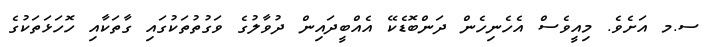
ސ.މ އަށެވެ. މިއީވެސް އެހެނިހެން ދަންބޮޑެކޭ އެއްބީދައިން ދުވާލުގެ ވަގުތުތަކުގައި ގާތަކާއި ހޮހަޅަތަކުގެ